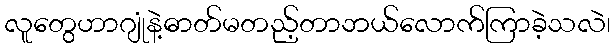
လူတွေဟာဂျုံနဲ့ဓာတ်မတည့်တာဘယ်လောက်ကြာခဲ့သလဲ၊